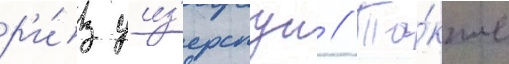
р'и́з уиз'ерспун // Та́кже